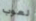
لعوب